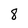
Character: 8